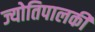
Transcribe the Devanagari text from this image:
ज्योतिपालकी